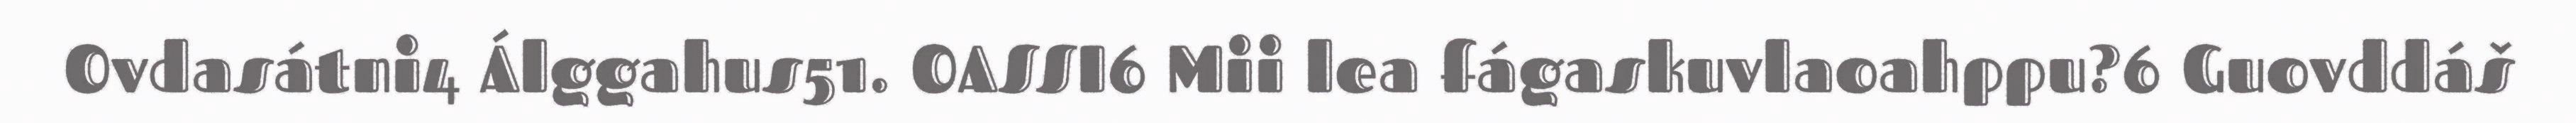
Ovdasátni4 Álggahus51. OASSI6 Mii lea fágaskuvlaoahppu?6 Guovddáš